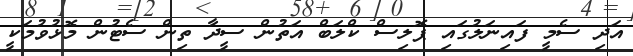
އަދި ސެމީ ފައިނަލުގައި ޕޮލިސް ކްލަބް އަތުން ސީދާ ތިން ސެޓުން މޮޅުވުމަކީ